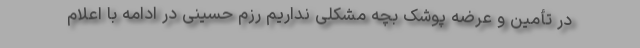
در تأمین و عرضه پوشک بچه مشکلی نداریم رزم حسینی در ادامه با اعلام